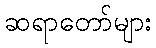
ဆရာတော်များ